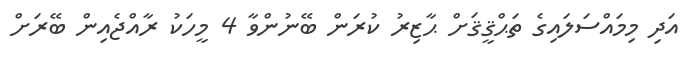
އަދި މިމައްސަލައިގެ ތަޙްޤީޤަށް ޙާޒިރު ކުރަން ބޭނުންވާ 4 މީހަކު ރާއްޖެއިން ބޭރަށް